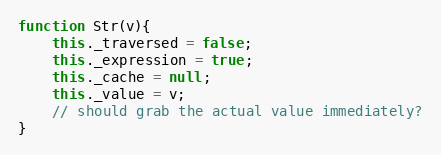
Language: JavaScript
function Str(v){
	this._traversed = false;
	this._expression = true;
	this._cache = null;
	this._value = v;
	// should grab the actual value immediately?
}